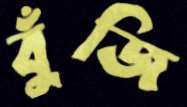
বুঁজি